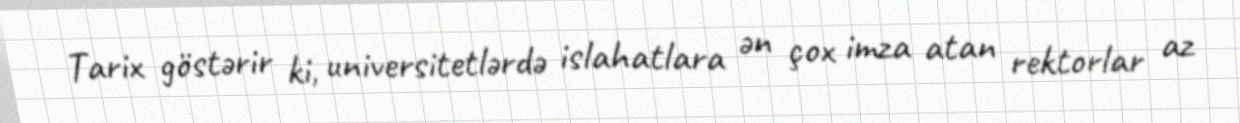
Tarix göstərir ki, universitetlərdə islahatlara ən çox imza atan rektorlar az